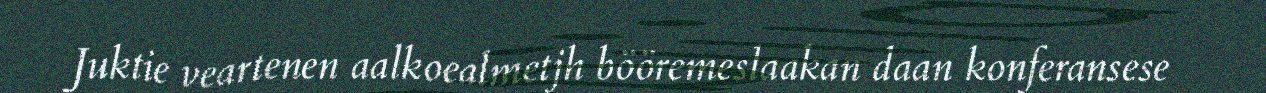
Juktie veartenen aalkoealmetjh bööremeslaakan daan konferansese